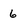
Character: 6